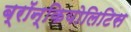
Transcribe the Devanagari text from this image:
ब्रॉन्कियोलिटिस